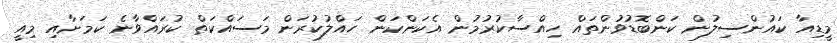
މީޑިއާ ކައުންސިލުން ކަންބޮޑުވުންތައް ހިއްސާކުރުމުން އެކަންކަން ހައްލުކުރަން މަސައްކަތް ކުރައްވާނެ ކަމަށާއި މިއީ